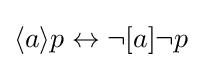
\langle a\rangle p\leftrightarrow \neg [a]\neg p\,\!